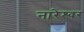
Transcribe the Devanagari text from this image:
नारेश्‍वर